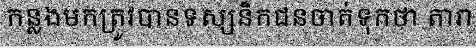
កន្លងមកត្រូវបានទស្សនិកជនចាត់ទុកថា តារា